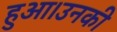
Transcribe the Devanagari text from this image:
हुआ।उनकी